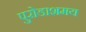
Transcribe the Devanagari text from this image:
पुरोडाशमय